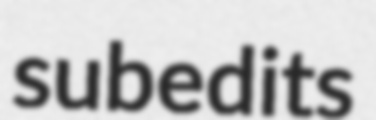
subedits